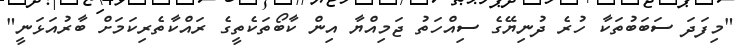
"މިފަދަ ސަބަބުތަކާ ހުރެ ދުނިޔޭގެ ސިއްހަތު ޖަމިއްޔާ އިން ކާބޯތަކެތީގެ ރައްކާތެރިކަމަށް ބާރުއަޅަނީ"